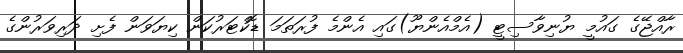
ރާއްޖޭގެ ގައުމީ ޔުނިވާސިޓީ (އެމްއެންޔޫ)ގައި އެންމެ ފުރަތަމަ ޑޮކްޓަރުކަން ކިޔަވަން ފެށި ދަރިވަރުންގެ